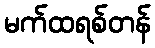
မက်ထရစ်တန်